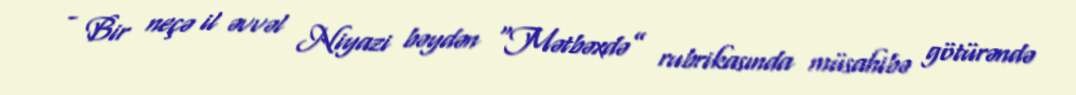
- Bir neçə il əvvəl Niyazi bəydən “Mətbəxdə” rubrikasında müsahibə götürəndə